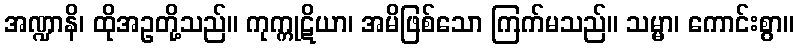
အဏ္ဍာနိ၊ ထိုအဥတို့သည်။ ကုက္ကုဋိယာ၊ အမိဖြစ်သော ကြက်မသည်။ သမ္မာ၊ ကောင်းစွာ။